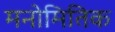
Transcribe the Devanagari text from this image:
मनोमितिक